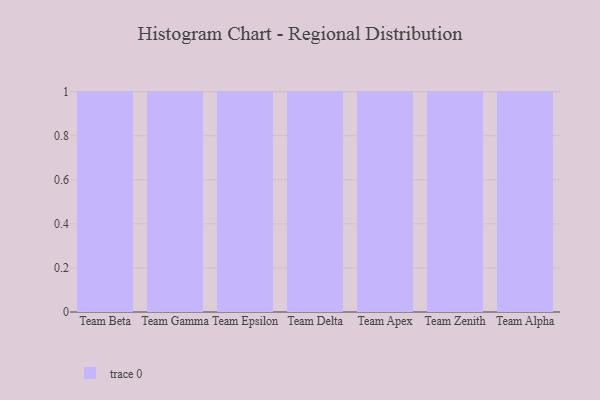
{"axis": {"x": "Team", "y": "Temperature (°C)"}, "legend": [""], "data": [{"x": "Team Beta", "y": 100, "type": ""}, {"x": "Team Gamma", "y": 48, "type": ""}, {"x": "Team Epsilon", "y": 87, "type": ""}, {"x": "Team Delta", "y": 39, "type": ""}, {"x": "Team Apex", "y": 24, "type": ""}, {"x": "Team Zenith", "y": 90, "type": ""}, {"x": "Team Alpha", "y": 92, "type": ""}]}